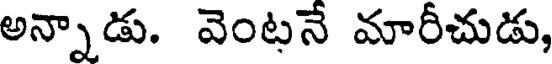
అన్నాడు. వెంటనే మారీచుడు,